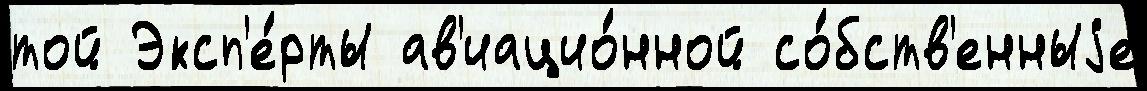
той Эксп'е́рты ав'иацио́нной со́бств'енныjе